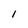
Character: 1